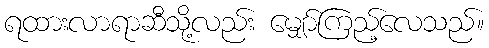
ရထားလာရာဆီသို့လည်း မျှော်ကြည့်လေသည်။